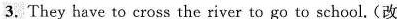
3.They have to cross the river to go to school.(改